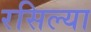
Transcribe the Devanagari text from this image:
रसिल्या